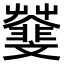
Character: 𩇿